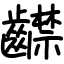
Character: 齽